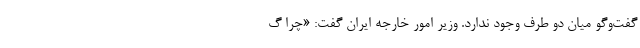
گفت‌وگو میان دو طرف وجود ندارد. وزیر امور خارجه ایران گفت: «چرا گ